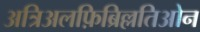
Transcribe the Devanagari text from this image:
अत्रिअलफ़िब्रिल्लतिओन